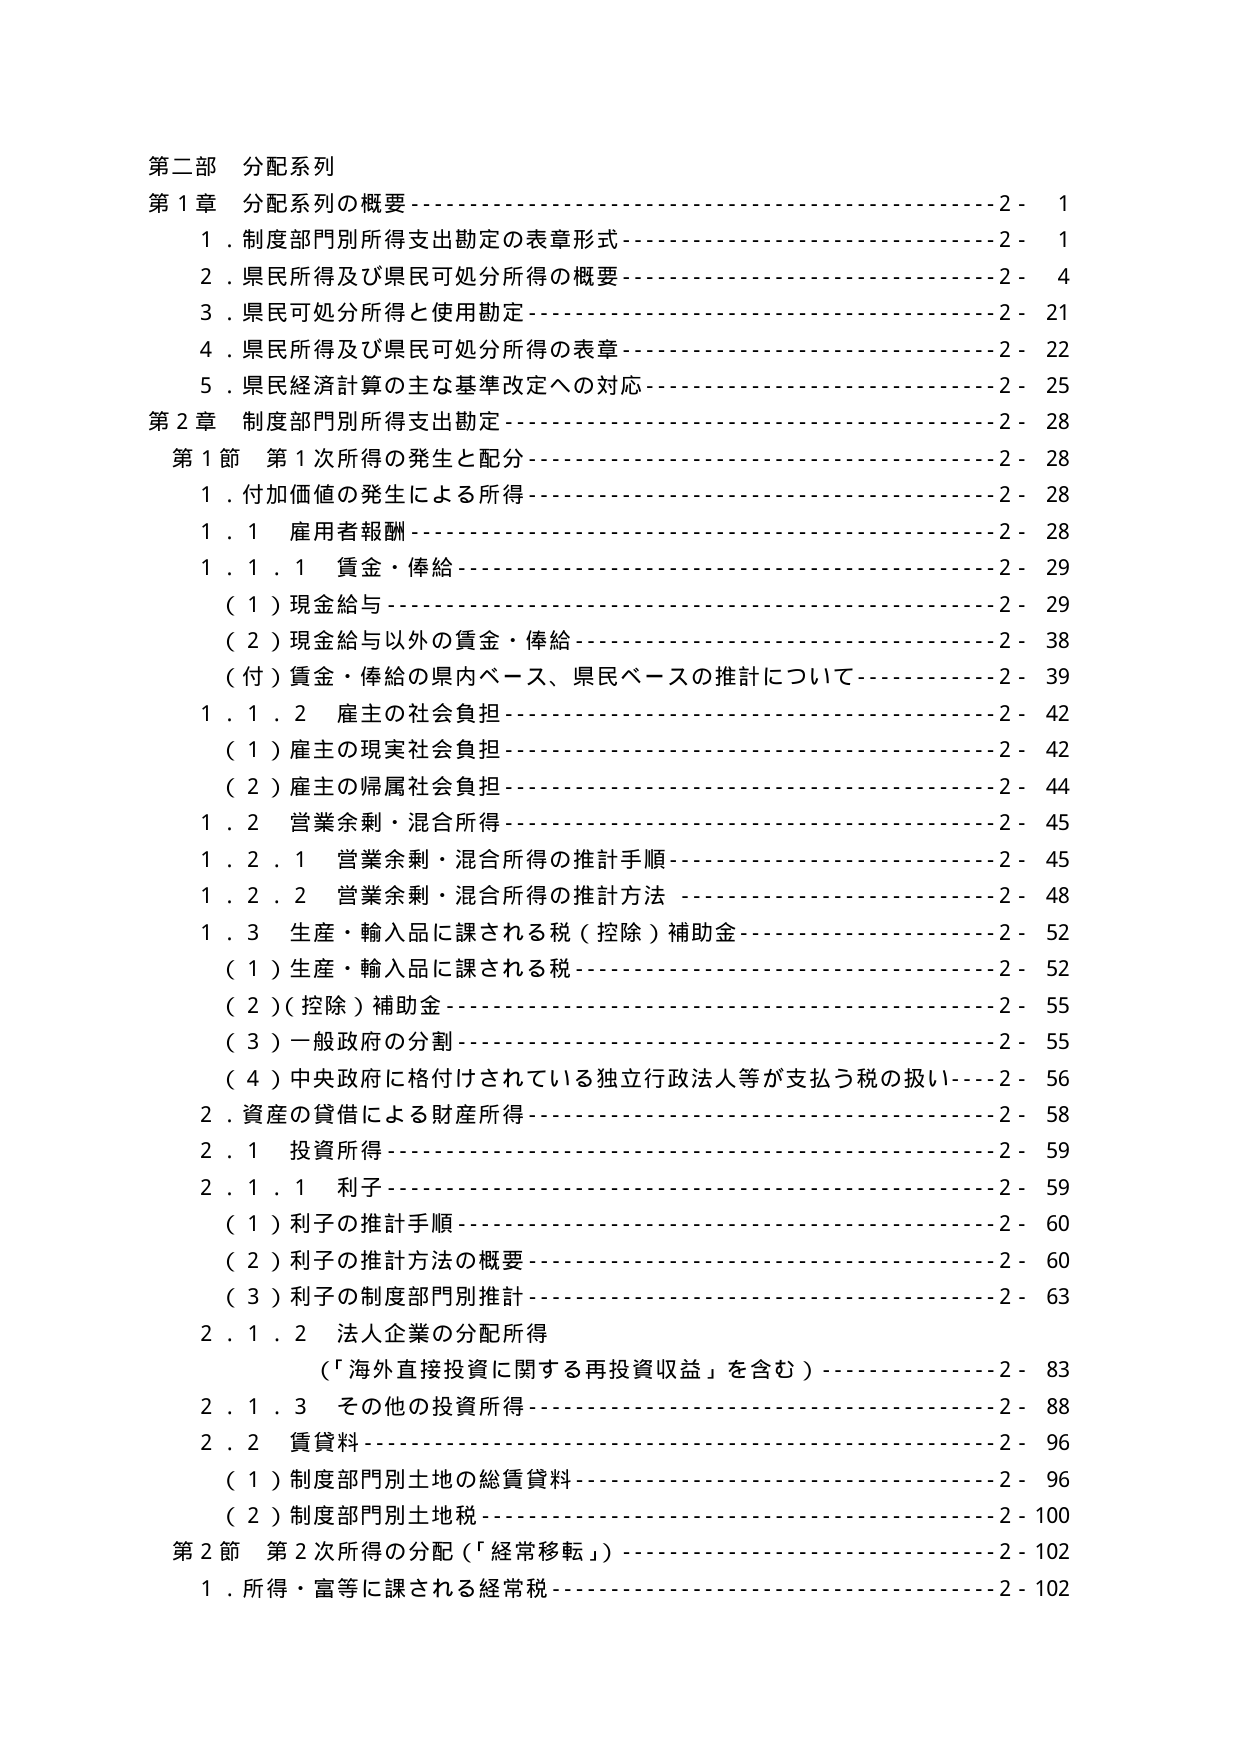
第二部 分配系列
第1章 分配系列の概要…………………………………………………………2- 1
　1．制度部門別所得支出勘定の表章形式……………………………………2- 1
　2．県民所得及び県民可処分所得の概要……………………………………2- 4
　3．県民可処分所得と使用勘定……………………………………………2- 21
　4．県民所得及び県民可処分所得の表章……………………………………2- 22
　5．県民経済計算の主な基準改定への対応…………………………………2- 25
第2章 制度部門別所得支出勘定………………………………………………2- 28
　第1節 第1次所得の発生と配分……………………………………………2- 28
　　1．付加価値の発生による所得……………………………………………2- 28
　　1．1 雇用者報酬……………………………………………………………2- 28
　　　1．1．1 賃金・俸給………………………………………………………2- 29
　　　　（1）現金給与…………………………………………………………2- 29
　　　　（2）現金給与以外の賃金・俸給……………………………………2- 38
　　　　（付）賃金・俸給の県内ベース、県民ベースの推計について……2- 39
　　　1．1．2 雇主の社会負担…………………………………………………2- 42
　　　　（1）雇主の現実社会負担……………………………………………2- 42
　　　　（2）雇主の帰属社会負担……………………………………………2- 44
　　　1．2 営業余剰・混合所得………………………………………………2- 45
　　　　1．2．1 営業余剰・混合所得の推計手順……………………………2- 45
　　　　1．2．2 営業余剰・混合所得の推計方法……………………………2- 48
　　　1．3 生産・輸入品に課される税（控除）補助金……………………2- 52
　　　　（1）生産・輸入品に課される税……………………………………2- 52
　　　　（2）（控除）補助金…………………………………………………2- 55
　　　　（3）一般政府の分割…………………………………………………2- 55
　　　　（4）中央政府に格付けされている独立行政法人等が支払う税の扱い2- 56
　　2．資産の貸借による財産所得……………………………………………2- 58
　　　2．1 投資所得……………………………………………………………2- 59
　　　　2．1．1 利子……………………………………………………………2- 59
　　　　　（1）利子の推計手順………………………………………………2- 60
　　　　　（2）利子の推計方法の概要………………………………………2- 60
　　　　　（3）利子の制度部門別推計………………………………………2- 63
　　　　2．1．2 法人企業の分配所得
　　　　　　（「海外直接投資に関する再投資収益」を含む）……………2- 83
　　　　2．1．3 その他の投資所得……………………………………………2- 88
　　　2．2 賃貸料……………………………………………………………2- 96
　　　　（1）制度部門別土地の総賃貸料……………………………………2- 96
　　　　（2）制度部門別土地税……………………………………………2- 100
　第2節 第2次所得の分配（「経常移転」）………………………………2- 102
　　1．所得・富等に課される経常税…………………………………………2- 102